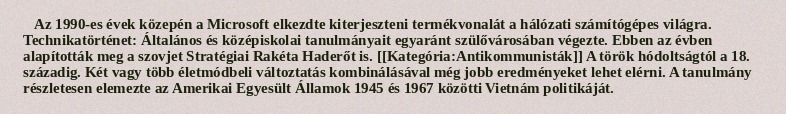
Az 1990-es évek közepén a Microsoft elkezdte kiterjeszteni termékvonalát a hálózati számítógépes világra. Technikatörténet: Általános és középiskolai tanulmányait egyaránt szülővárosában végezte. Ebben az évben alapították meg a szovjet Stratégiai Rakéta Haderőt is. [[Kategória:Antikommunisták]] A török hódoltságtól a 18. századig. Két vagy több életmódbeli változtatás kombinálásával még jobb eredményeket lehet elérni. A tanulmány részletesen elemezte az Amerikai Egyesült Államok 1945 és 1967 közötti Vietnám politikáját.